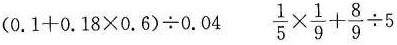
$$(0.1+0.18×0.6)÷0.04$$ $$\frac{1}{5} \times \frac{1}{9}+ \frac{8}{9} \div 5$$